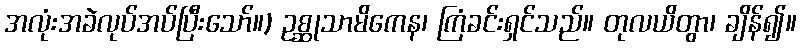
အလုံးအခဲလုပ်အပ်ပြီးသော်။) ဥစ္ဆုသာမိကေန၊ ကြံခင်းရှင်သည်။ တုလယိတွာ၊ ချိန်၍။